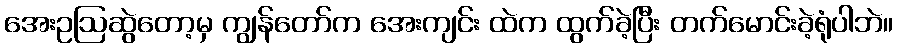
အေးဥဩဆွဲတော့မှ ကျွန်တော်က အေးကျင်း ထဲက ထွက်ခဲ့ပြီး တက်မောင်းခဲ့ရုံပါဘဲ။